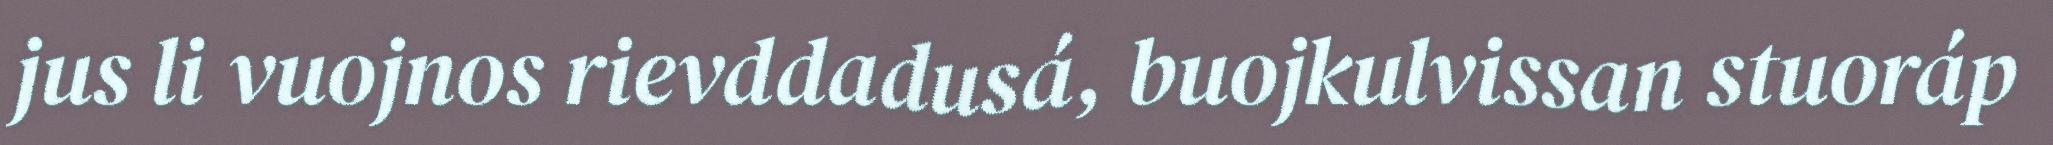
jus li vuojnos rievddadusá, buojkulvissan stuoráp